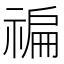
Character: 𥚹